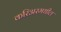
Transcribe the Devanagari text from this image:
करिअरमधील